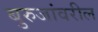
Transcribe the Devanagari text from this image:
बुरुजांवरील